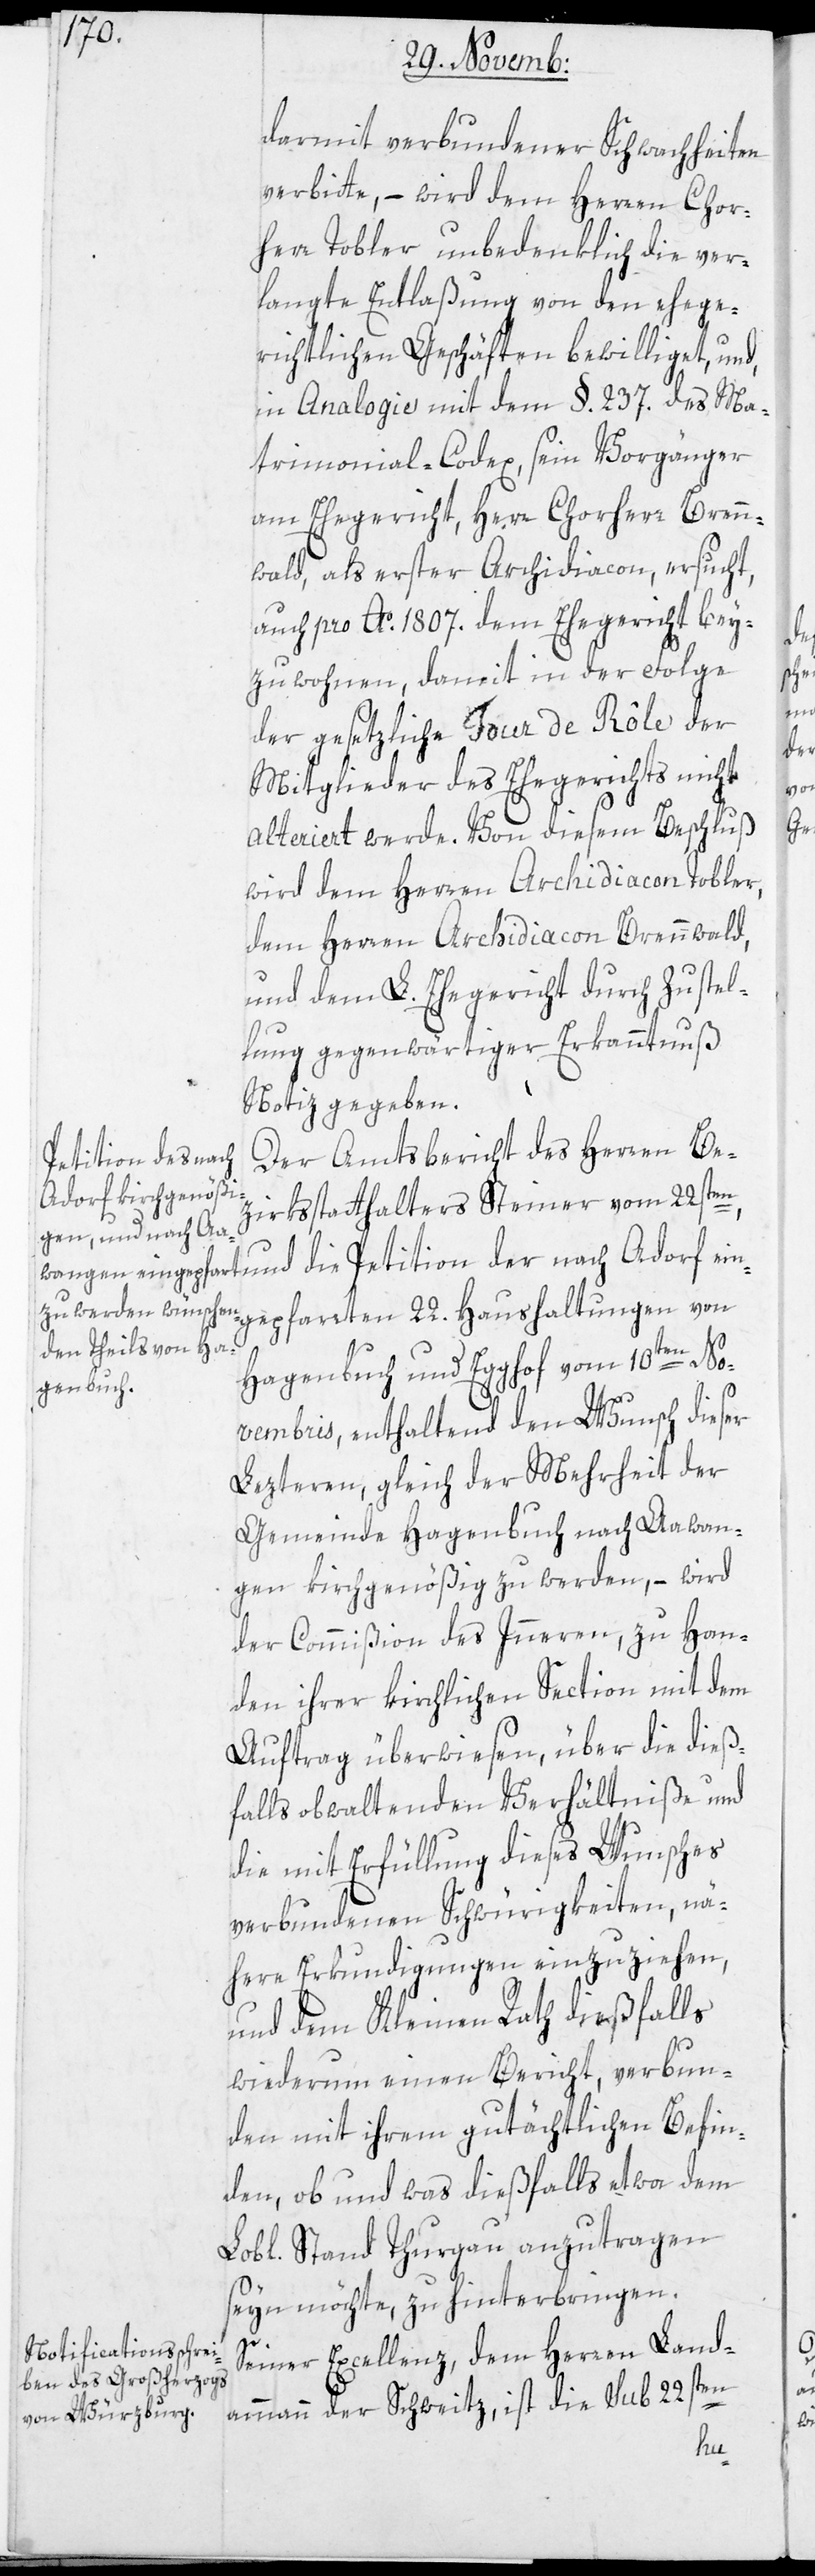
darmit verbundener Schwachheiten
verbitte, – wird dem Herren Chor¬
herr Tobler unbedenklich die ver¬
langte Entlaßung von den ehege¬
richtlichen Geschäften bewilliget, und
in Analogie mit dem §. 237. des Ma¬
trimonial-Codex, seyn Vorgänger
am Ehegericht, Herr Chorherr Brenn¬
wald, als erster Archidiacon, ersucht,
auch pro Ao. 1807 dem Ehegericht bei¬
zuwohnen, damit in der Folge
der gesetzliche Tour de Rôle der
Mitglieder des Ehegerichts nicht
alteriert werde. Von diesem Beschluß
wird dem Herren Archdiacon Tobler,
dem Herren Archdiacon Brennwald
und dem L. Ehegericht durch Zustel¬
lung gegenwärtiger Erkanntnuß
Notiz gegeben.
Der Amtsbericht des Herren Be¬
Petition der nach
zirksstatthalters Steiner vom 22sten
gepfarrten 22. Haushaltungen von
Hagenbuch und Egghof vom 10ten No¬
vembris, enthaltend den Wunsch dieser
lezteren, gleich der Mehrheit der
Gemeinde Hagenbuch nach Aawan¬
gen kirchgenößig zu werden, – wird
der Commißion des Inneren, zu Han¬
den ihrer kirchlichen Section mit dem
Auftrag überwiesen, über die dieß¬
falls obwaltenden Verhältniße und
die mit Erfüllung dieses Wunsches
verbundenen Schwürigkeiten, nä¬
here Erkundigungen einzuziehen,
und dem Kleinen Rath dießfalls,
wiederum einen Bericht, verbun¬
den mit ihrem gutächtlichen Befin¬
den, ob und was dießfalls etwa dem
Stand Thurgau anzutragen
seyn möchte, zu hinterbringen.
Seiner Excellenz, dem Herren Land¬
ammann der Schweitz, ist die sub 22s¬
ten